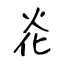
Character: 炛